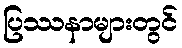
ပြဿနာများတွင်